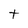
Character: t